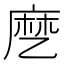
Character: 𬼳